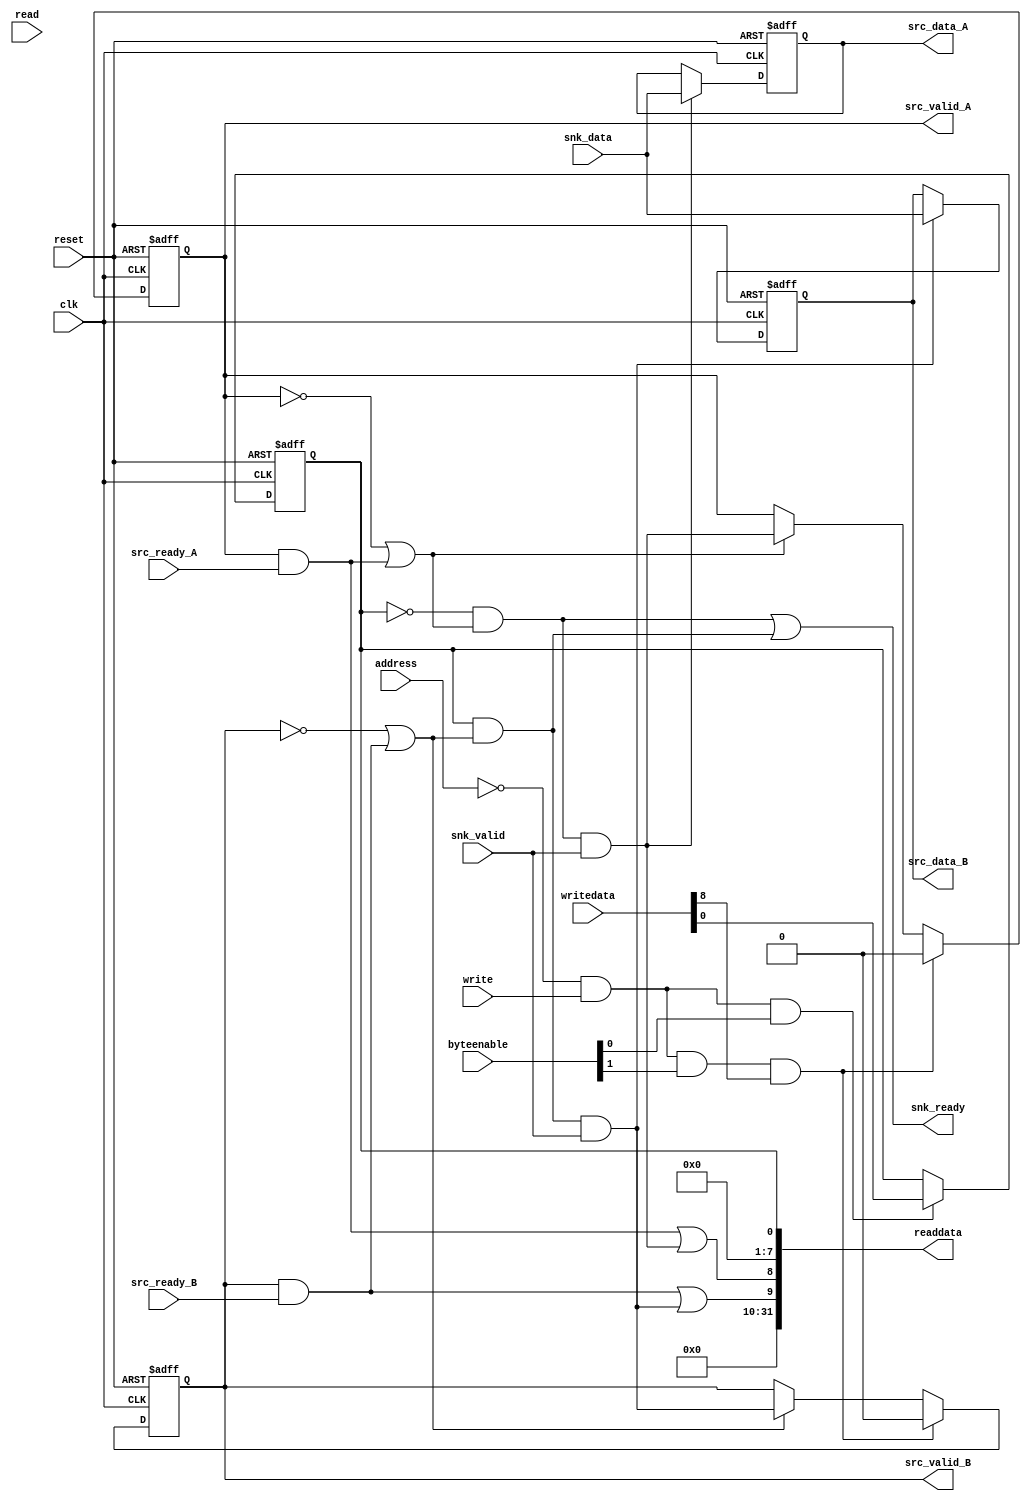
/*
  Legal Notice: (C)2010 Altera Corporation. All rights reserved.  Your
  use of Altera Corporation's design tools, logic functions and other
  software and tools, and its AMPP partner logic functions, and any
  output files any of the foregoing (including device programming or
  simulation files), and any associated documentation or information are
  expressly subject to the terms and conditions of the Altera Program
  License Subscription Agreement or other applicable license agreement,
  including, without limitation, that your use is for the sole purpose
  of programming logic devices manufactured by Altera and sold by Altera
  or its authorized distributors.  Please refer to the applicable
  agreement for further details.
*/


/*

1:2 streaming demux core

Author:  JCJB
Date:    03/25/2010

Description:	The component is controlled by a host or master through the CSR slave port to control which streaming data output the input
                streaming data will be routed to.


Register map:

             Access Type                                      Bits
                               31..24               23..16                15..8                7..0
Address 0         w              N/A                  N/A             clear pipeline       output select
Address 4         r              N/A                  N/A              pending data       selected output

Each control and status value is a single bit aligned to the lowest bit of the byte lane (bits 0 or 8).
Output select == 0 --> output A is selected otherwise output B is selected.
Pending data has two bits since there are two outputs.  Bit 8 represents the A output containing pending data.
Bit 9 represents the B output containing pending data.

*/


// synthesis translate_off
`timescale 1ns / 1ps
// synthesis translate_on

// turn off superfluous verilog processor warnings 
// altera message_level Level1 
// altera message_off 10230


module mtm_one_to_two_st_demux (
  clk,
  reset,

  address,
  readdata,
  read,
  writedata,
  write,
  byteenable,

  snk_data,
  snk_ready,
  snk_valid,
  
  src_data_A,
  src_ready_A,
  src_valid_A,

  src_data_B,
  src_ready_B,
  src_valid_B
);


  parameter DATA_WIDTH = 32;



  input clk;
  input reset;

  input address;  // only two addresses (control and status)
  output wire [31:0] readdata;
  input read;
  input [31:0] writedata;
  input write;
  input [3:0] byteenable;

  input [DATA_WIDTH-1:0] snk_data;
  output wire snk_ready;
  input snk_valid;
  
  output wire [DATA_WIDTH-1:0] src_data_A;
  input src_ready_A;
  output wire src_valid_A;

  output wire [DATA_WIDTH-1:0] src_data_B;
  input src_ready_B;
  output wire src_valid_B;


  // registers and signals for the slave port
  wire enable_output_select;
  reg output_select;
  wire clear_pipeline;
  wire pending_data_A;
  wire pending_data_B;

  // internal pipelining registers and signals
  reg [DATA_WIDTH-1:0] data_out_A;
  reg valid_out_A;
  reg [DATA_WIDTH-1:0] data_out_B;
  reg valid_out_B;
  wire pipeline_ready_A;
  wire pipeline_ready_B;
  wire pipeline_enable_A;
  wire pipeline_enable_B;





  always @ (posedge clk or posedge reset)
  begin
    if (reset == 1)
    begin
      output_select <= 0;
    end
    else if (enable_output_select == 1)
    begin
      output_select <= writedata[0];
    end
  end


  always @ (posedge clk or posedge reset)
  begin
    if (reset == 1)
    begin
      data_out_A <= 0;
    end
    else if (pipeline_enable_A == 1)
    begin
      data_out_A <= snk_data;
    end
  end


  always @ (posedge clk or posedge reset)
  begin
    if (reset == 1)
    begin
      data_out_B <= 0;
    end
    else if (pipeline_enable_B == 1)
    begin
      data_out_B <= snk_data;
    end
  end


  always @ (posedge clk or posedge reset)
  begin
    if (reset == 1)
    begin
      valid_out_A <= 0;
    end
    else
    begin
      if (clear_pipeline == 1)
      begin
        valid_out_A <= 0;
      end
      else if (pipeline_ready_A == 1)
      begin
        valid_out_A <= pipeline_enable_A;
      end
    end
  end


  always @ (posedge clk or posedge reset)
  begin
    if (reset == 1)
    begin
      valid_out_B <= 0;
    end
    else
    begin
      if (clear_pipeline == 1)
      begin
        valid_out_B <= 0;
      end
      else if (pipeline_ready_B == 1)
      begin
        valid_out_B <= pipeline_enable_B;
      end
    end
  end


  assign enable_output_select = (address == 0) & (write == 1) & (byteenable[0] == 1);
  assign clear_pipeline = (address == 0) & (write == 1) & (byteenable[1] == 1) & (writedata[8] == 1);  // want this to be a single cycle strobe to clear the pipeline valid register
  assign pending_data_A = ((valid_out_A == 1) & (src_ready_A == 1)) | (pipeline_enable_A == 1);
  assign pending_data_B = ((valid_out_B == 1) & (src_ready_B == 1)) | (pipeline_enable_B == 1);
  assign readdata = {{22{1'b0}}, pending_data_B, pending_data_A, {7{1'b0}}, output_select};

  assign src_valid_A = valid_out_A;
  assign src_data_A = data_out_A;
  assign src_valid_B = valid_out_B;
  assign src_data_B = data_out_B;

  assign pipeline_ready_A = (valid_out_A == 0) | ((src_ready_A == 1) & (valid_out_A == 1));
  assign pipeline_enable_A = (output_select == 0) & (pipeline_ready_A == 1) & (snk_valid == 1);

  assign pipeline_ready_B = (valid_out_B == 0) | ((src_ready_B == 1) & (valid_out_B == 1));
  assign pipeline_enable_B = (output_select == 1) & (pipeline_ready_B == 1) & (snk_valid == 1);

  assign snk_ready = ((output_select == 0) & (pipeline_ready_A == 1)) | 
                     ((output_select == 1) & (pipeline_ready_B == 1));

endmodule